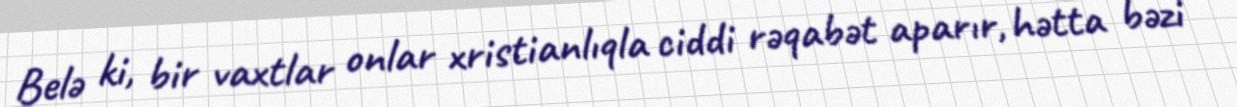
Belə ki, bir vaxtlar onlar xristianlıqla ciddi rəqabət aparır, hətta bəzi